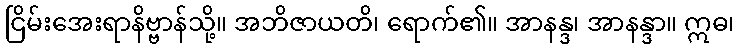
ငြိမ်းအေးရာနိဗ္ဗာန်သို့။ အဘိဇာယတိ၊ ရောက်၏။ အာနန္ဒ၊ အာနန္ဒာ။ ဣဓ၊